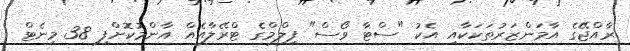
ރާއްޖޭގެ އާމަންޒަރުތަކަކާއި އެކު "ސްޓާ ވޯސް" ފިލްމްގެ ޓްރޭލާއެއް އާންމުކޮށްފި 38 މިނެޓް